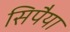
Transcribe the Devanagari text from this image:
सिपैया